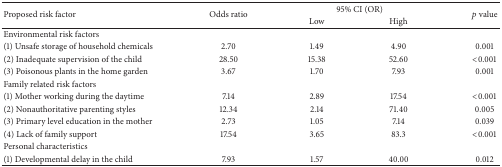
<table><thead><tr><td rowspan="2"><b>Proposed risk factor</b></td><td rowspan="2"><b>Odds ratio</b></td><td colspan="2"><b>95% CI (OR)</b></td><td rowspan="2"><b><i>p</i> value</b></td></tr><tr><td><b>Low </b></td><td><b>High</b></td></tr></thead><tbody><tr><td>Environmental risk factors</td><td> </td><td> </td><td> </td><td> </td></tr><tr><td>(1) Unsafe storage of household chemicals</td><td> 2.70</td><td> 1.49</td><td> 4.90</td><td> 0.001</td></tr><tr><td>(2) Inadequate supervision of the child</td><td> 28.50</td><td>15.38</td><td> 52.60</td><td> &lt;0.001</td></tr><tr><td>(3) Poisonous plants in the home garden</td><td> 3.67</td><td>1.70</td><td> 7.93</td><td> 0.001</td></tr><tr><td>Family related risk factors</td><td> </td><td> </td><td> </td><td> </td></tr><tr><td>(1) Mother working during the daytime</td><td> 7.14</td><td>2.89</td><td> 17.54</td><td> &lt;0.001</td></tr><tr><td>(2) Nonauthoritative parenting styles</td><td> 12.34</td><td>2.14</td><td> 71.40</td><td> 0.005</td></tr><tr><td>(3) Primary level education in the mother</td><td> 2.73</td><td>1.05</td><td> 7.14</td><td> 0.039</td></tr><tr><td>(4) Lack of family support</td><td> 17.54</td><td>3.65</td><td> 83.3</td><td> &lt;0.001</td></tr><tr><td>Personal characteristics</td><td> </td><td> </td><td> </td><td> </td></tr><tr><td>(1) Developmental delay in the child</td><td> 7.93</td><td>1.57</td><td> 40.00</td><td> 0.012</td></tr></tbody></table>